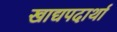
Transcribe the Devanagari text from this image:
खाद्यपदार्था